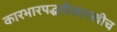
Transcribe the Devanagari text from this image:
कारभारपद्धतीसारखीच